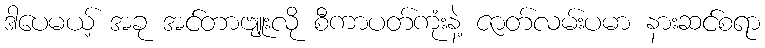
ဒါပေမယ့် အခု အင်တာဗျူးလို စီကာပတ်ကုံးနဲ့ ဇာတ်လမ်းပမာ နားဆင်စရာ